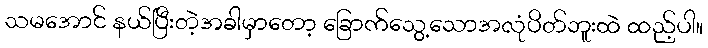
သမအောင် နယ်ပြီးတဲ့အခါမှာတော့ ခြောက်သွေ့သောအလုံပိတ်ဘူးထဲ ထည့်ပါ။